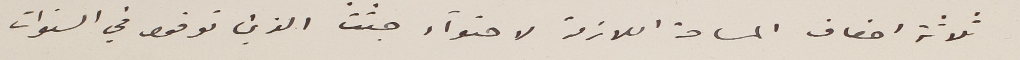
ثلاثة اضعاف المساحة اللازمة لاحتواء جثث الذين توفوا في السنوات